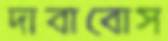
দাবাবোস